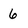
Character: 6